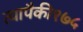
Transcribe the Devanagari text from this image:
त्यापैकी१७५